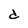
Character: d